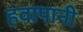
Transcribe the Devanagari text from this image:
हवापानी